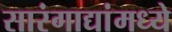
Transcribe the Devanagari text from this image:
सारंगाद्यांमध्ये